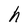
Character: h